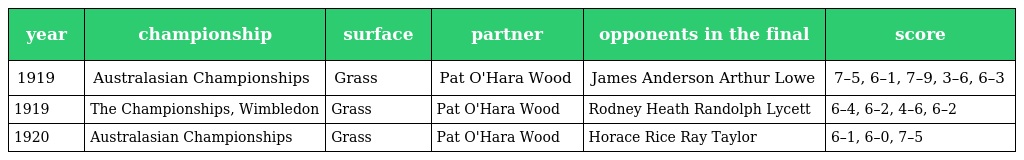
| year | championship | surface | partner | opponents in the final | score |
 | --- | --- | --- | --- | --- | --- |
 | 1919 | Australasian Championships | Grass | Pat O'Hara Wood | James Anderson Arthur Lowe | 7–5, 6–1, 7–9, 3–6, 6–3 |
 | 1919 | The Championships, Wimbledon | Grass | Pat O'Hara Wood | Rodney Heath Randolph Lycett | 6–4, 6–2, 4–6, 6–2 |
 | 1920 | Australasian Championships | Grass | Pat O'Hara Wood | Horace Rice Ray Taylor | 6–1, 6–0, 7–5 |